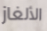
الألغاز